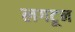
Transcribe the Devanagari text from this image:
लगटून